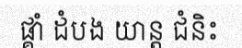
ផ្គាំ ដំបង យាន្ត ជំនិះ